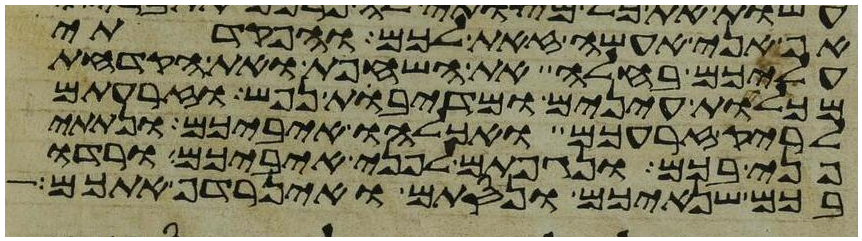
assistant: אף אני אעשה זאת לכם והפקדתי
עליכם בחלה את השחפת ואת הקדחת
מכלות עינים ומדיבת נפש וזרעתם
לריק זרעכם ואכלהו איביכם ונתתי
פני בכם ונגפתם לפני איביכם ורדו
בכם שנאיכם ונסתם ואין רדף אתכם